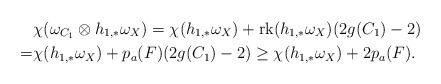
\begin{align*}&\chi(\omega_{C_1}\otimes h_{1,*}\omega_X)=\chi(h_{1,*}\omega_X)+{\rm rk}(h_{1,*}\omega_X)(2g(C_1)-2) \\=& \chi(h_{1,*}\omega_X)+p_a(F)(2g(C_1)-2)\ge \chi(h_{1,*}\omega_X)+2p_a(F). \end{align*}